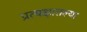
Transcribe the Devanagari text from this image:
प्रत्यक्षातल्या